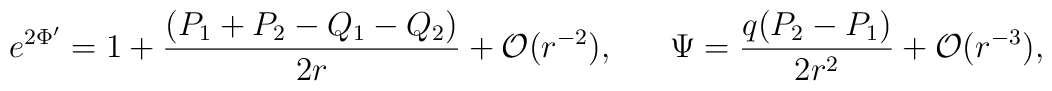
e^{2\Phi'}=1+{{ (P_1+P_2-Q_1-Q_2)}\over {2r}} + {\cal O}(r^{-2}),\ \ \ \ \   \Psi ={{q(P_2- P_1)}\over {2r^2}} +{\cal O} ( r^{-3}),